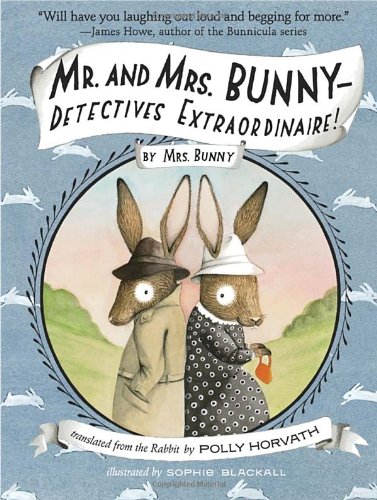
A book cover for Mr. and Mrs. Bunny--Detectives Extraordinaire!; Polly Horvath; Children's Books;